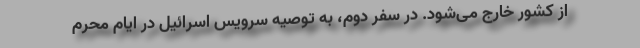
از کشور خارج می‌شود. در سفر دوم، به توصیه سرویس اسرائیل در ایام محرم